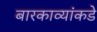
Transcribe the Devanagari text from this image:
बारकाव्यांकडे